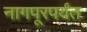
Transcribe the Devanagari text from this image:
नागपूरपर्यंत